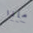
ماذا